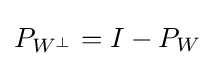
P_{W^{\perp }}=I-P_{W}